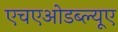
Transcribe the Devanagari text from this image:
एचएओडब्ल्यूए